Mental hospitals Bombay report 1921-28 - 1921-1928
Year: 1921
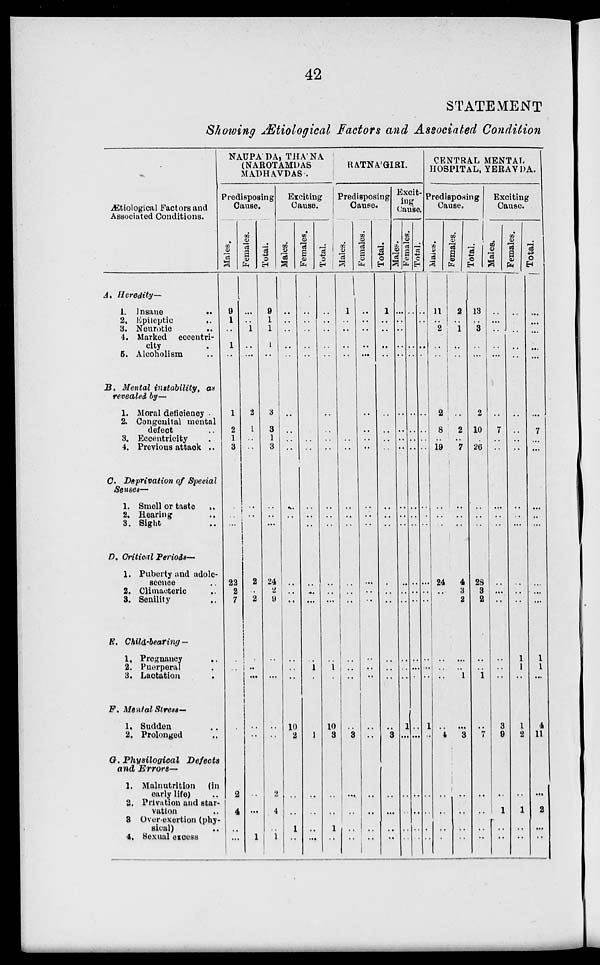
42
STATEMENT
Showing Ætiological Factors and Associated Condition
Ætiological Factors and
Associated Conditions.
A. Heredity—
1. Insane
..
2. Epileptic ..
3. Neurotic ..
4. Marked eccentri-
city ..
B. Mental instability, as
revealed by—
1. Moral deficiency ..
2. Congenital mental
defect ..
3. Eccentricity ..
4. Previous attack ..
C. Deprivation of Special
Senses—
1. Smell or taste
..
2. Hearing ..
3. Sight ..
D. Critical Periods—
1. Puberty and adole-
scence ..
2. Climacteric ..
3. Senility ..
E. Child-bearing —
1. Pregnancy ..
2. Puerperal ..
3. Lactation ..
F. Mental Stress—
1. Sudden ..
2. Prolonged ..
G. Physilogioal
Defects
and Errors—
1. Malnutrition (in
early life) ..
2. Privation and star-
vation ..
3 Over-exertion (phy-
sical) ..
4. Sexual excess
NAUPADA, THA'NA
(NAROTAMDAS
MADHAVDAS.
Predisposing
Cause.
Males.
9
1
..
1
1
2
1
3
..
..
..
22
2
7
..
..
..
..
..
2
4
..
..
Females.
..
..
1
..
2
1
..
..
..
..
..
2
..
2
..
..
..
..
..
..
..
..
1
Total.
9
1
1
1
3
3
1
3
..
..
..
24
2
9
..
..
..
..
..
2
4
..
1
Exciting
Cause.
Males.
..
..
..
..
..
..
..
..
..
..
..
..
..
..
..
..
..
10
2
..
..
1
..
Females.
..
..
..
..
..
..
..
..
..
..
..
..
..
..
..
1
..
..
1
..
..
..
..
Total.
..
..
..
..
..
..
..
..
..
..
..
..
..
..
..
1
..
10
3
..
..
1
..
RATNA'GIRI.
Predisposing
Cause.
Males.
1
..
..
..
..
..
..
..
..
..
..
..
..
..
.. ..
..
..
3
..
..
..
..
Females.
..
..
..
..
..
..
..
..
..
..
..
..
..
..
..
..
..
..
..
..
..
..
..
Total.
1
..
..
..
..
..
..
..
..
..
..
..
..
..
..
..
..
..
3
..
..
..
..
Excit-
ing
Cause.
Males.
..
..
..
..
..
..
..
..
..
..
..
..
..
..
..
..
..
1
..
..
..
..
..
Females.
..
..
..
..
..
..
..
..
..
..
..
..
..
..
..
..
..
..
..
..
..
..
..
Total.
..
..
..
..
..
..
..
..
..
..
..
..
..
..
..
..
..
1
..
..
..
..
..
CENTRAL MENTAL
HOSPITAL, YERAVDA.
Predisposing
Cause.
Males.
11
..
2
..
2
8
..
19
..
..
..
24
..
..
..
..
..
..
4
..
..
..
..
Females.
2
..
1
..
..
2
..
7
..
..
..
4
3
2
..
..
1
...
3
..
..
..
..
Total.
13
..
3
..
2
10
..
26
..
..
..
28
3
2
..
..
1
..
7
..
..
..
..
Exciting
Cause.
Males.
..
..
..
..
7
..
..
..
..
..
..
..
..
..
..
..
3
9
..
1
..
..
Females.
..
..
..
..
..
..
..
..
..
..
..
..
..
..
1
1
..
1
2
..
1
..
..
Total.
..
..
..
..
..
7
..
...
..
..
..
..
..
..
1
1
...
4
11
..
2
..
..